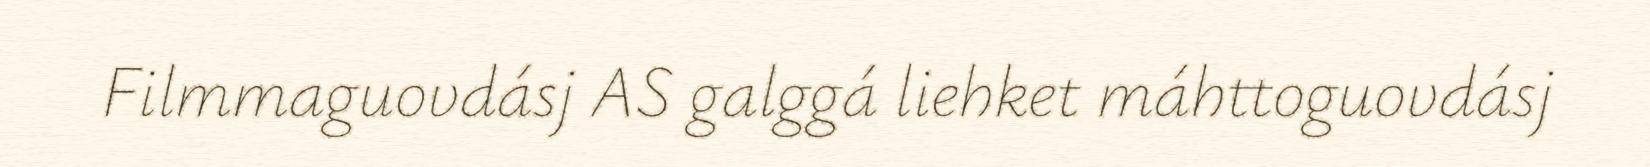
Filmmaguovdásj AS galggá liehket máhttoguovdásj